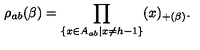
\rho _ { a b } ( \beta ) = \prod _ { \{ x \in A _ { a b } | x \neq h - 1 \} } ( x ) _ { + ( \beta ) } .